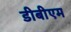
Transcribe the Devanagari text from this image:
डीबीएम